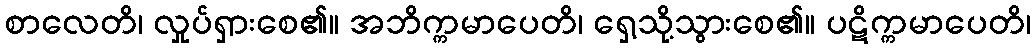
စာလေတိ၊ လှုပ်ရှားစေ၏။ အဘိက္ကမာပေတိ၊ ရှေ့သို့သွားစေ၏။ ပဋိက္ကမာပေတိ၊